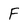
Character: F